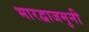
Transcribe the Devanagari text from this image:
भारद्वाजमुनी